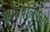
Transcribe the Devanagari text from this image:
कोतवालपेक्षा